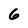
Character: 6